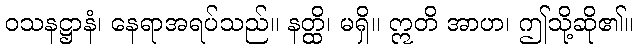
ဝသနဋ္ဌာနံ၊ နေရာအရပ်သည်။ နတ္ထိ၊ မရှိ။ ဣတိ အာဟ၊ ဤသို့ဆို၏။